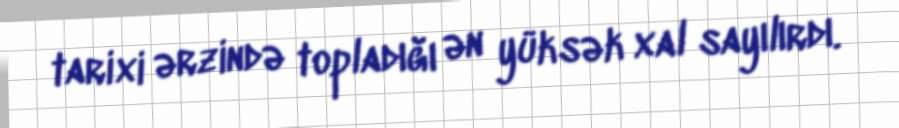
tarixi ərzində topladığı ən yüksək xal sayılırdı.